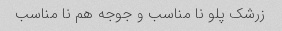
زرشک پلو نا مناسب و جوجه هم نا مناسب